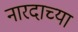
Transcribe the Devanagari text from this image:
नारदाच्या